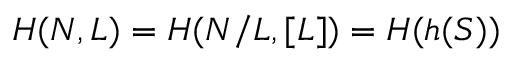
H ( N , L ) = H ( N / L , [ L ] ) = H ( h ( S ) )